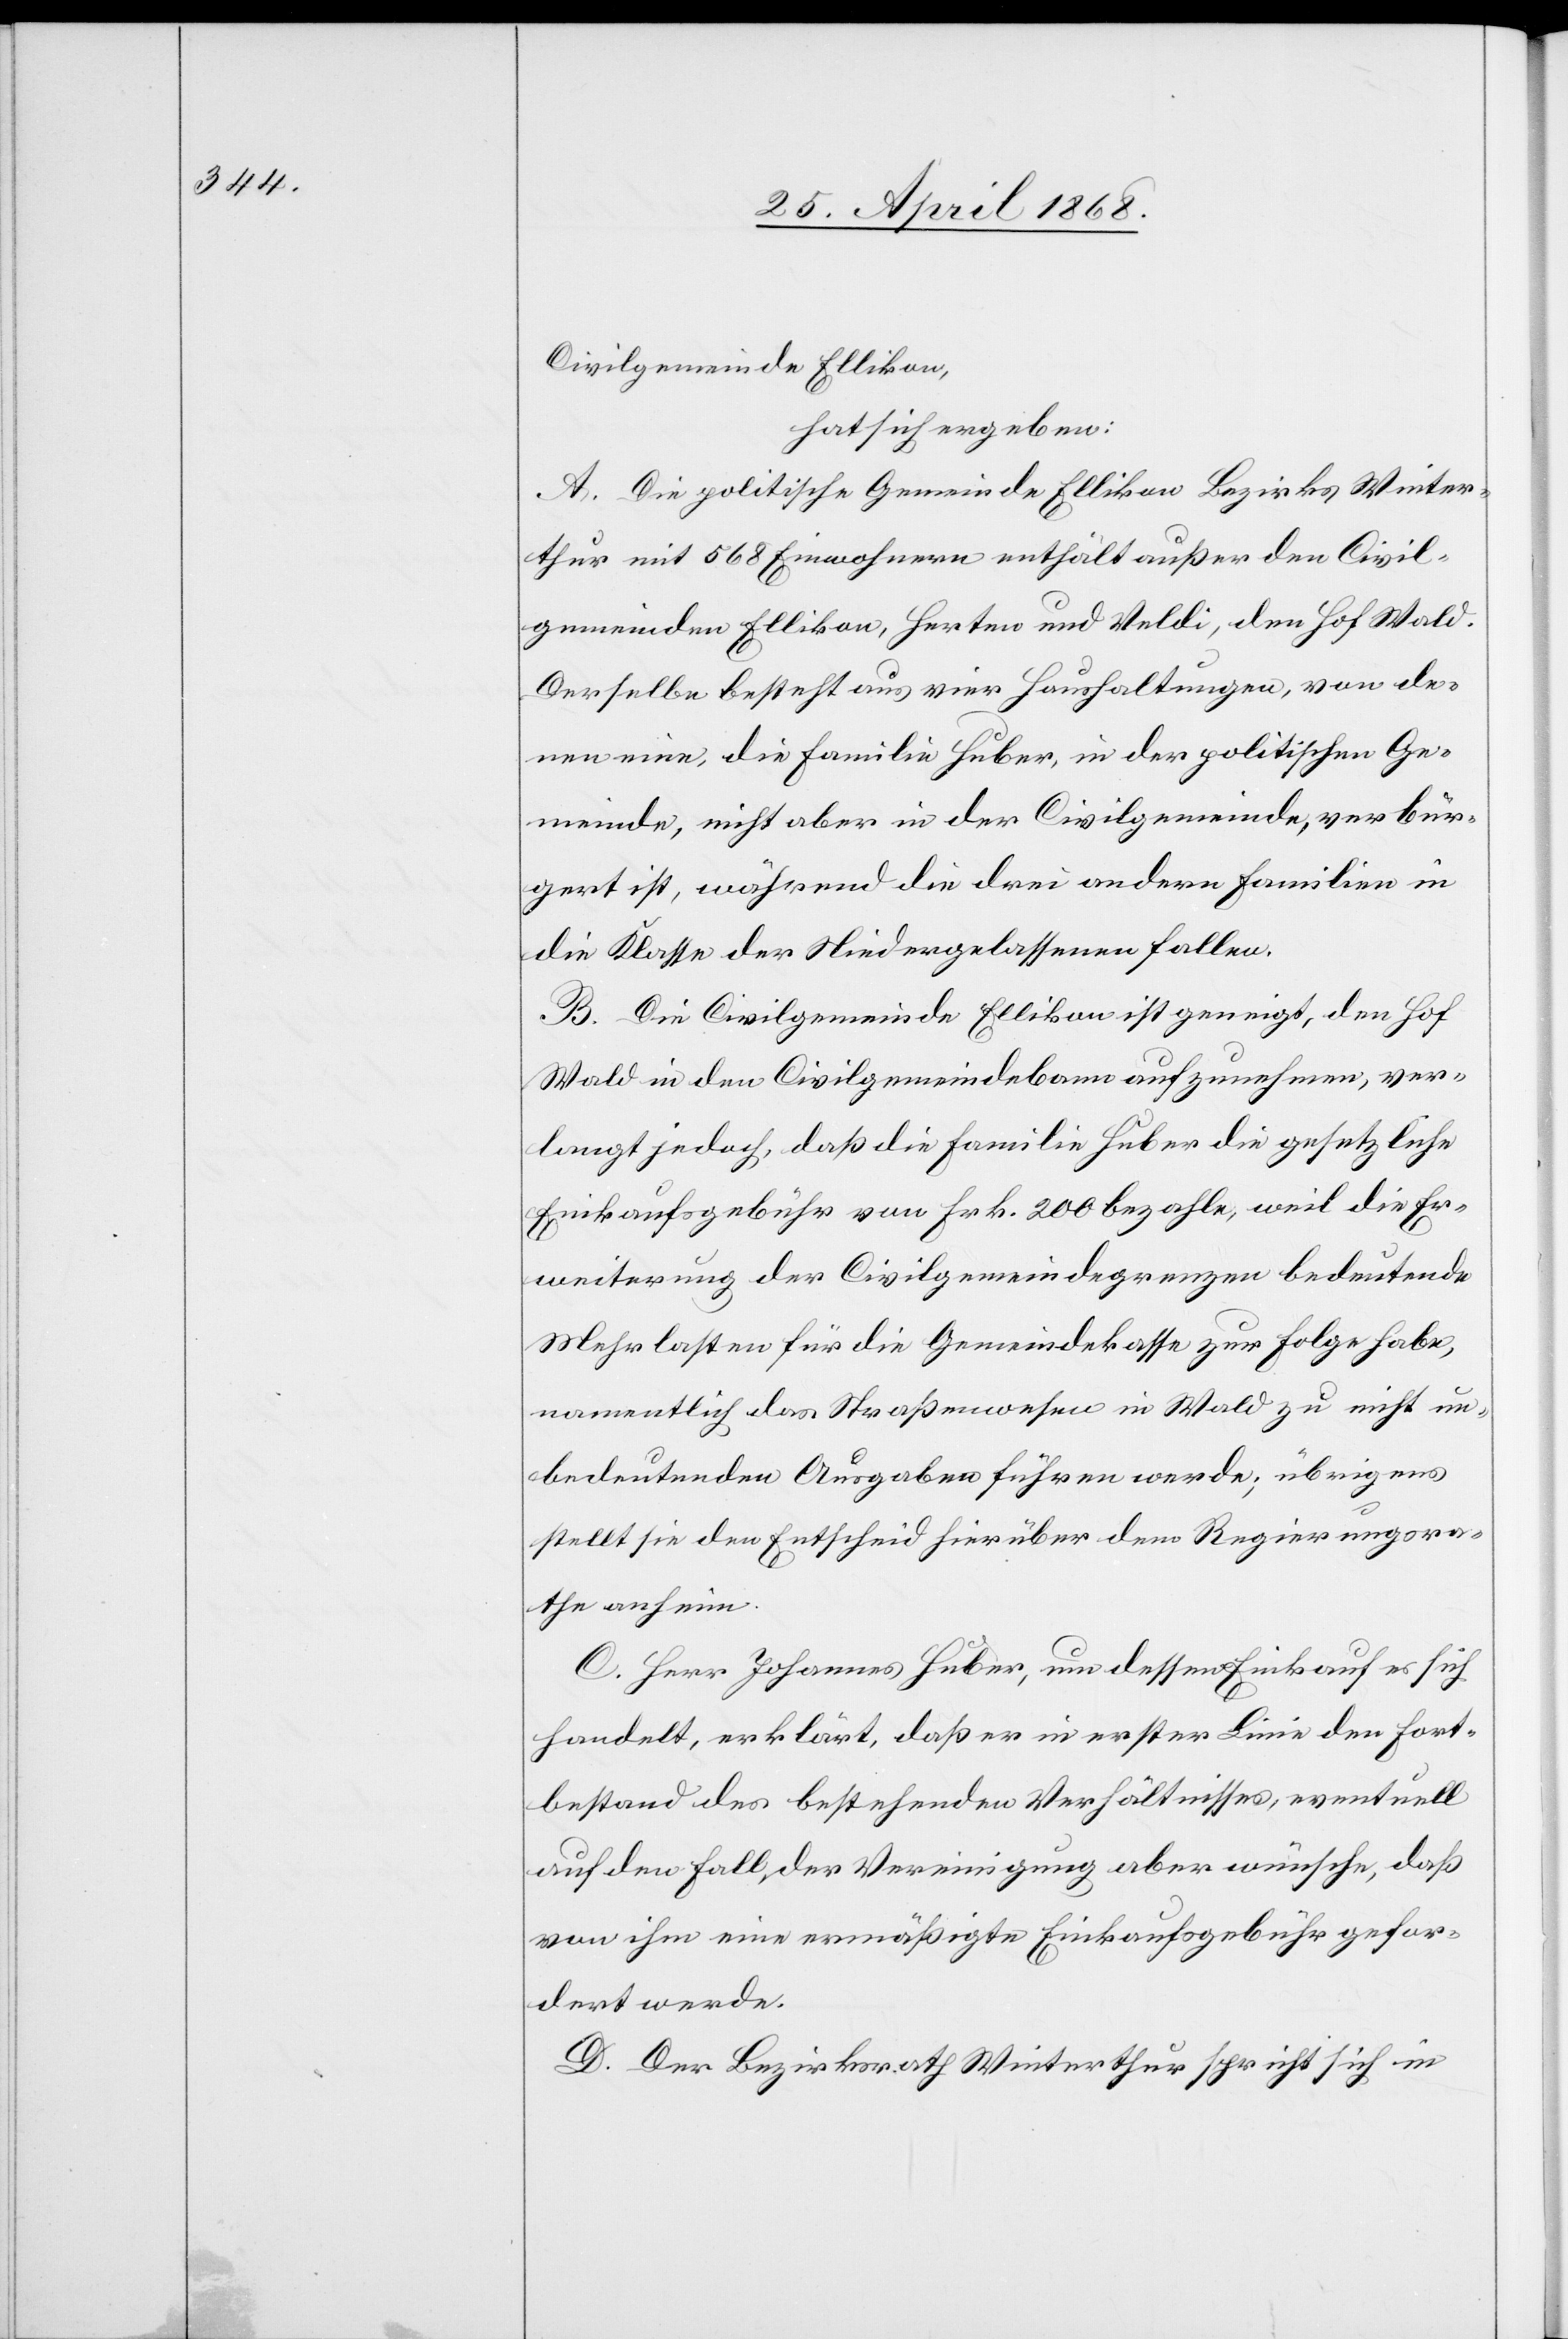
Civilgemeinde Ellikon,
hat sich ergeben:
A. Die politische Gemeinde Ellikon Bezirks Winter¬
thur mit 568 Einwohnern enthält außer den Civil¬
gemeinden Ellikon, Herten und Veldi, den Hof Wald.
Derselbe besteht aus vier Haushaltungen, von de¬
nen eine, die Familie Huber, in der politischen Ge¬
meinde, nicht aber in der Civilgemeinde, verbür¬
gert ist, während die drei andern Familien in
die Klasse der Niedergelassenen fallen.
B. Die Civilgemeinde Ellikon ist geneigt, den Hof
Wald in den Civilgemeindebann aufzunehmen, ver¬
langt jedoch, daß die Familie Huber die gesetzliche
Einkaufsgebühr von Frk. 200 bezahle, weil die Er¬
weiterung der Civilgemeindegrenzen bedeutende
Mehrlasten für die Gemeindekasse zur Folge habe,
namentlich das Straßenwesen in Wald zu nicht un¬
bedeutenden Ausgaben führen werde; übrigens
stellt sie den Entscheid hierüber dem Regierungsra¬
the anheim.
C. Herr Johannes Huber, um dessen Einkauf es sich
handelt, erklärt, daß er in erster Linie den Fort¬
bestand des bestehenden Verhältnisses, eventuell
auf den Fall der Vereinigung aber wünsche, daß
von ihm eine ermäßigte Einkaufsgebühr gefor¬
dert werde.
D. Der Bezirksrath Winterthur spricht sich in